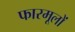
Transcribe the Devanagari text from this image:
फारमूलों